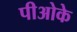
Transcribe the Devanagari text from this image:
पीओके